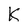
Character: K